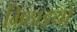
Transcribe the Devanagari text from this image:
मिठाइयो